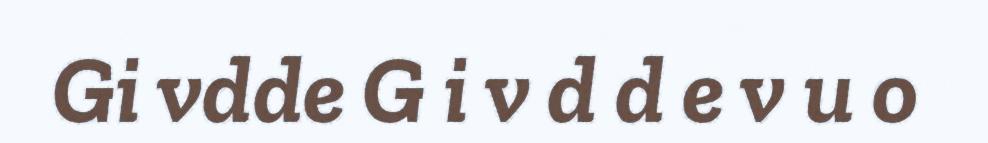
Gi vdde G i v d d e v u o